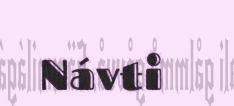
Návti